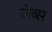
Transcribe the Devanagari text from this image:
जेब्स